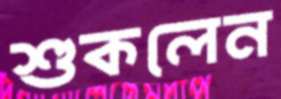
শুকলেন